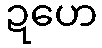
ဍဟေ